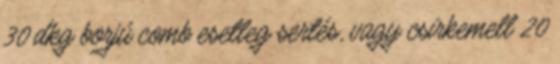
30 dkg borjú comb esetleg sertés, vagy csirkemell 20